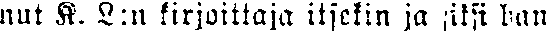
nut K. L:n kirjoittaja itsekin ja siksi ban